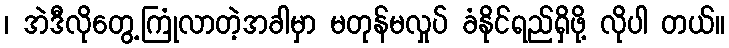
၊ အဲဒီလိုတွေ့ကြုံလာတဲ့အခါမှာ မတုန်မလှုပ် ခံနိုင်ရည်ရှိဖို့ လိုပါ တယ်။